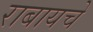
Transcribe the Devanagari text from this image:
राबायचे